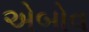
એબોવ